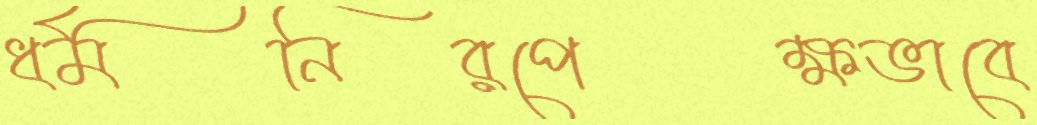
ধর্মনিরপেক্ষভাবে